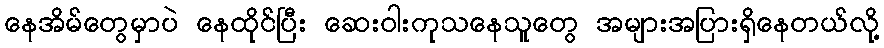
နေအိမ်တွေမှာပဲ နေထိုင်ပြီး ဆေးဝါးကုသနေသူတွေ အများအပြားရှိနေတယ်လို့